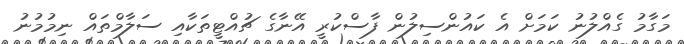
މަގާމު ގެއްލުނު ކަމަށް އެ ކައުންސިލުން ފާސްކުރީ އޭނާގެ ޗުއްޓީތަކާއި ސަލާމްތައް ނިމުމުނު